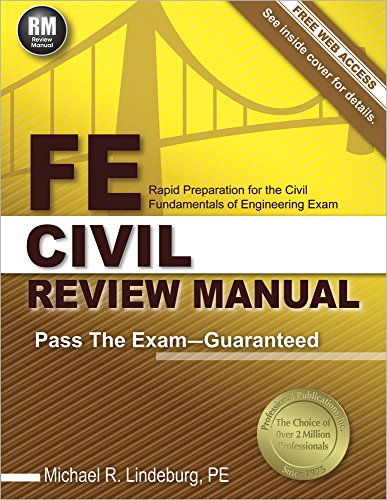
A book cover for FE Civil Review Manual; Michael  R. Lindeburg PE; Engineering & Transportation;